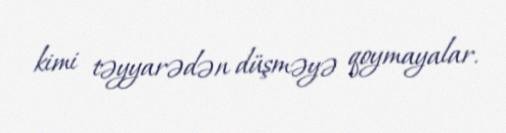
kimi təyyarədən düşməyə qoymayalar.